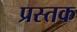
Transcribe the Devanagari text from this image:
प्रस्तक